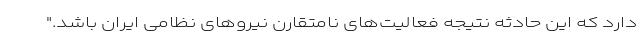
دارد که این حادثه نتیجه فعالیت‌های نامتقارن نیروهای نظامی ایران باشد."